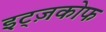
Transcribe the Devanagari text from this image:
इट्ज़कोफ